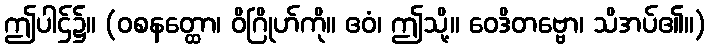
ဤပါဌ်၌။ (ဝစနတ္ထော၊ ဝိဂြိုဟ်ကို။ ဧဝံ၊ ဤသို့။ ဝေဒိတဗ္ဗော၊ သိအပ်၏။)